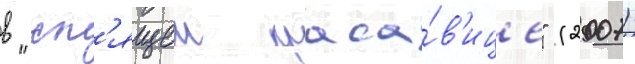
в "сп'ящеи краса́в'ице" (2007)